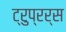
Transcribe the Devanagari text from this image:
ट्रुप्रर्स